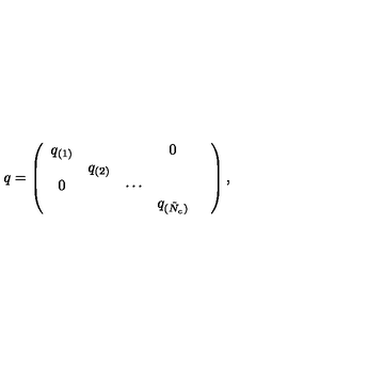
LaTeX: q = \left( \begin{array} { c c c c c } { q _ { ( 1 ) } } & { } & { } & { 0 } & { } \\ { } & { q _ { ( 2 ) } } & { } & { } & { } \\ { 0 } & { } & { \cdots } & { } & { } \\ { } & { } & { } & { q _ { ( \tilde { N } _ { c } ) } } & { } \\ \end{array} \right) ,